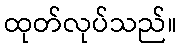
ထုတ်လုပ်သည်။